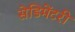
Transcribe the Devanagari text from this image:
सेडिमेंटरी